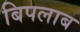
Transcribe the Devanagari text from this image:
बिपलाब